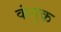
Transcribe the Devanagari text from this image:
कंगुक